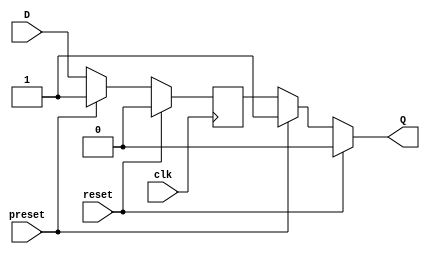
module FlipFlop (
    input wire clk,
    input wire reset,
    input wire preset,
    input wire D,
    output reg Q
);

reg state_reg, next_state;

always @(posedge clk) begin
    if (reset) begin
        state_reg <= 1'b0;
    end else if (preset) begin
        state_reg <= 1'b1;
    end else begin
        state_reg <= next_state;
    end
end

assign next_state = D;

always @* begin
    if (reset) begin
        Q <= 1'b0;
    end else if (preset) begin
        Q <= 1'b1;
    end else begin
        Q <= state_reg;
    end
end

endmodule